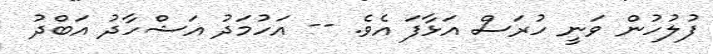
ފުލުހުން ވަނީ ހުރަސް އަޅާފަ އެވެ. -- އަހުމަދު އަޝްހާދު އަބްދު